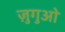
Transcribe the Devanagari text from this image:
ज़ुगुओ